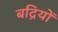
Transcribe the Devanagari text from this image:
बद्रियों